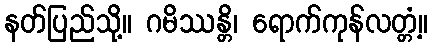
နတ်ပြည်သို့။ ဂမိဿန္တိ၊ ရောက်ကုန်လတ္တံ့။